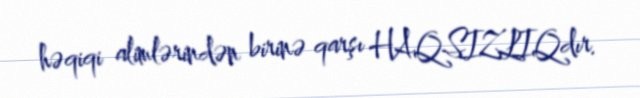
həqiqi alimlərindən birinə qarşı HAQSIZLIQdır.